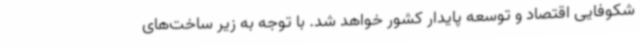
شکوفایی اقتصاد و توسعه پایدار کشور خواهد شد. با توجه به زیر ساخت‌های